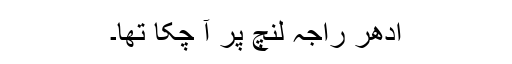
ادھر راجہ لنچ پر آ چکا تھا۔